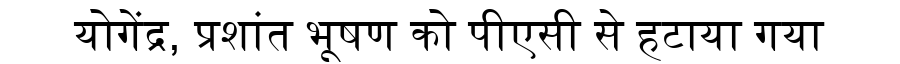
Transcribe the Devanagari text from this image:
योगेंद्र, प्रशांत भूषण को पीएसी से हटाया गया